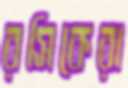
রসিকেরা